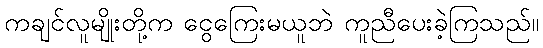
ကချင်လူမျိုးတို့က ငွေကြေးမယူဘဲ ကူညီပေးခဲ့ကြသည်။